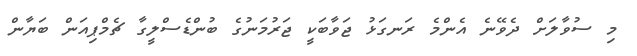
މި ސުވާލަށް ދެވޭނެ އެންމެ ރަނގަޅު ޖަވާބަކީ ޖަރުމަނުގެ ބުންޑެސްލީގާ ޗެމްޕިއަން ބަޔާން